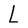
Character: L